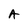
Character: A